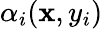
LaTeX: \alpha_{i}(\mathbf{x},y_{i})